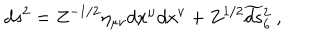
LaTeX: d s ^ { 2 } = Z ^ { - 1 / 2 } \eta _ { \mu \nu } d x ^ { \mu } d x ^ { \nu } + Z ^ { 1 / 2 } \widetilde { d s } { } _ { 6 } ^ { 2 } \ ,